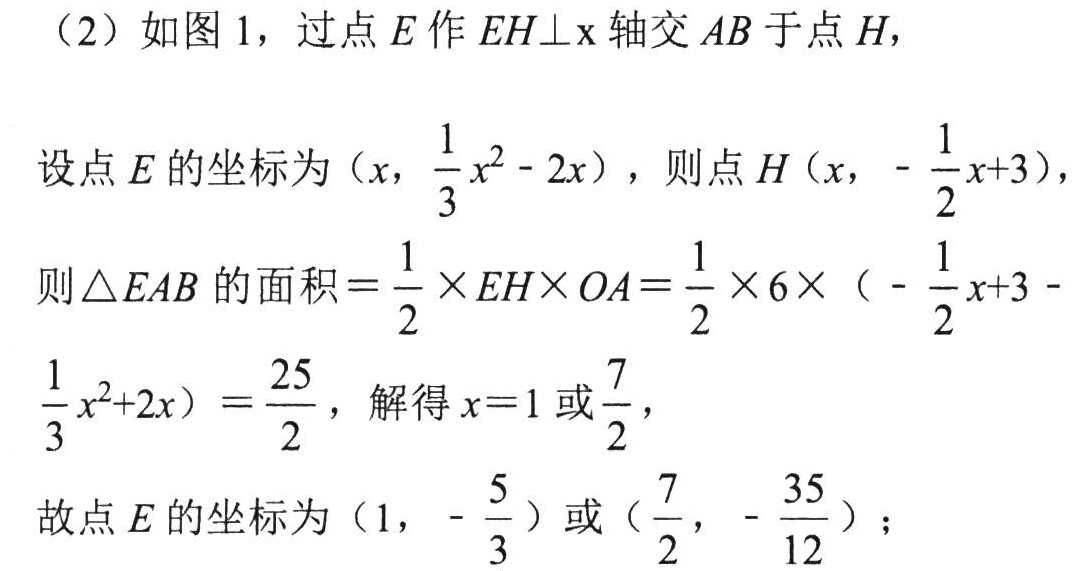
（2）如图 1，过点 \(E\) 作 \(EH\perp x\) 轴交 \(AB\) 于点 \(H\)，
设点 \(E\) 的坐标为 \((x,\frac{1}{3}x^{2}-2x)\)，则点 \(H(x,-\frac{1}{2}x + 3)\)，
则\(\triangle EAB\) 的面积 \(=\frac{1}{2}\times EH\times OA=\frac{1}{2}\times6\times(-\frac{1}{2}x + 3-\frac{1}{3}x^{2}+2x)=\frac{25}{2}\)，解得 \(x = 1\) 或\(\frac{7}{2}\)，
故点 \(E\) 的坐标为 \((1,-\frac{5}{3})\) 或 \((\frac{7}{2},-\frac{35}{12})\)；